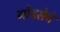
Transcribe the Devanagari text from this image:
गोडसेचे